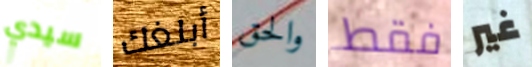
سيدي أبلغك والحق فقط غير